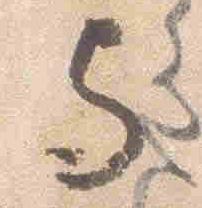
与